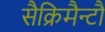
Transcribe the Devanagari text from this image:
सैक्रिमैन्टौ